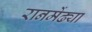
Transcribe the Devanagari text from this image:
रानमेंढ्या